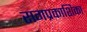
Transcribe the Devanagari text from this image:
रागप्रकाशिका